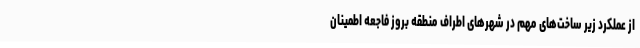
از عملکرد زیر ساخت‌های مهم در شهر‌های اطراف منطقه بروز فاجعه اطمینان